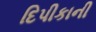
દિપીકાની